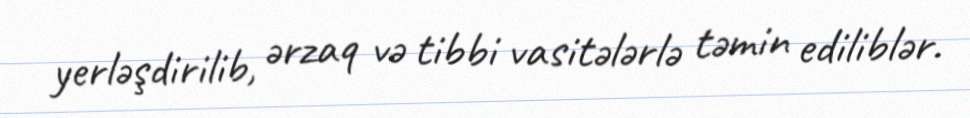
yerləşdirilib, ərzaq və tibbi vasitələrlə təmin ediliblər.